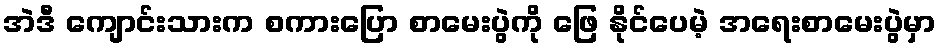
အဲဒီ ကျောင်းသားက စကားပြော စာမေးပွဲကို ဖြေ နိုင်ပေမဲ့ အရေးစာမေးပွဲမှာ